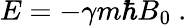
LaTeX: E=-\gamma m\hbar B_{0}\ .